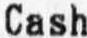
CASH